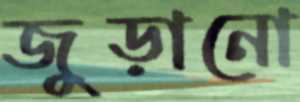
জুড়ানো